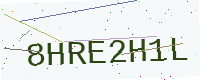
Text: 8HRE2H1L